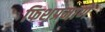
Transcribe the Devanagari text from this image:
फिशप्रमाणे